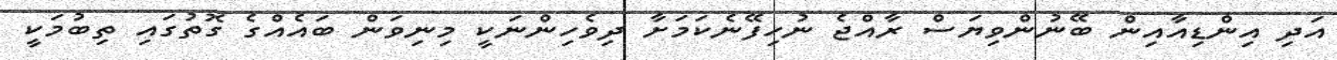
އަދި އިންޑިއާއިން ބޭނުންވިޔަސް ރާއްޖެ ނުހިފޭނެކަމަށާ ދިވެހިންނަކީ މިނިވަން ބައެއްގެ ގޮތުގައި ތިބުމަކީ